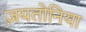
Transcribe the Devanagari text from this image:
ज़यतोनिया